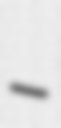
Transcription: –